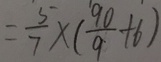
= \frac { 5 } { 7 } \times ( \frac { 9 0 } { 9 } + 6 )